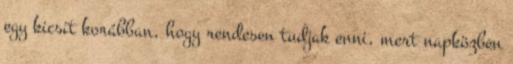
egy kicsit korábban, hogy rendesen tudjak enni, mert napközben